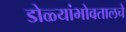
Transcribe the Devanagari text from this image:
डोळ्यांभोवतालचे